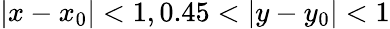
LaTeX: |x-x_{0}|<1,0.45<|y-y_{0}|<1